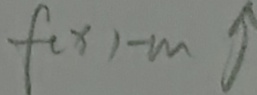
f ( x ) - m \uparrow